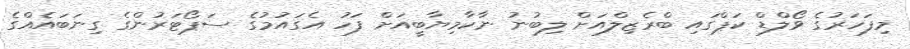
މިފަހަރުގެ ވޯލްޑް ކަޕްގައި ބްރެޒިލްއަށް ލިބުނު ނާކާމިޔާބީއަށް ފަހު އެގައުމުގެ ސަޕޯޓަރުންގެ ގިނަބައެއްގެ